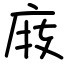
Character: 庪